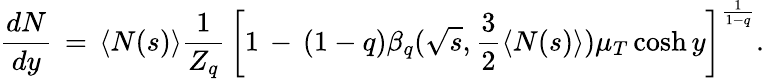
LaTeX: \frac{dN}{dy}\, =\, \langle N(s)\rangle\frac{1}{Z_{q}}\, \left[1\, -\, (1-q)\beta_{q}(\sqrt{s},\frac{3}{2}\langle N(s)\rangle)\mu_{T}\cosh y\right]^{\frac{1}{1-q}}.